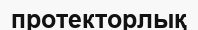
протекторлық